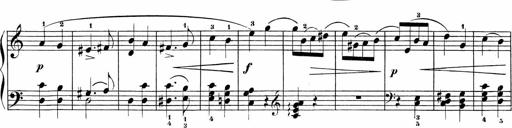
Title: Sonatinas
Composer: Andrew Violette